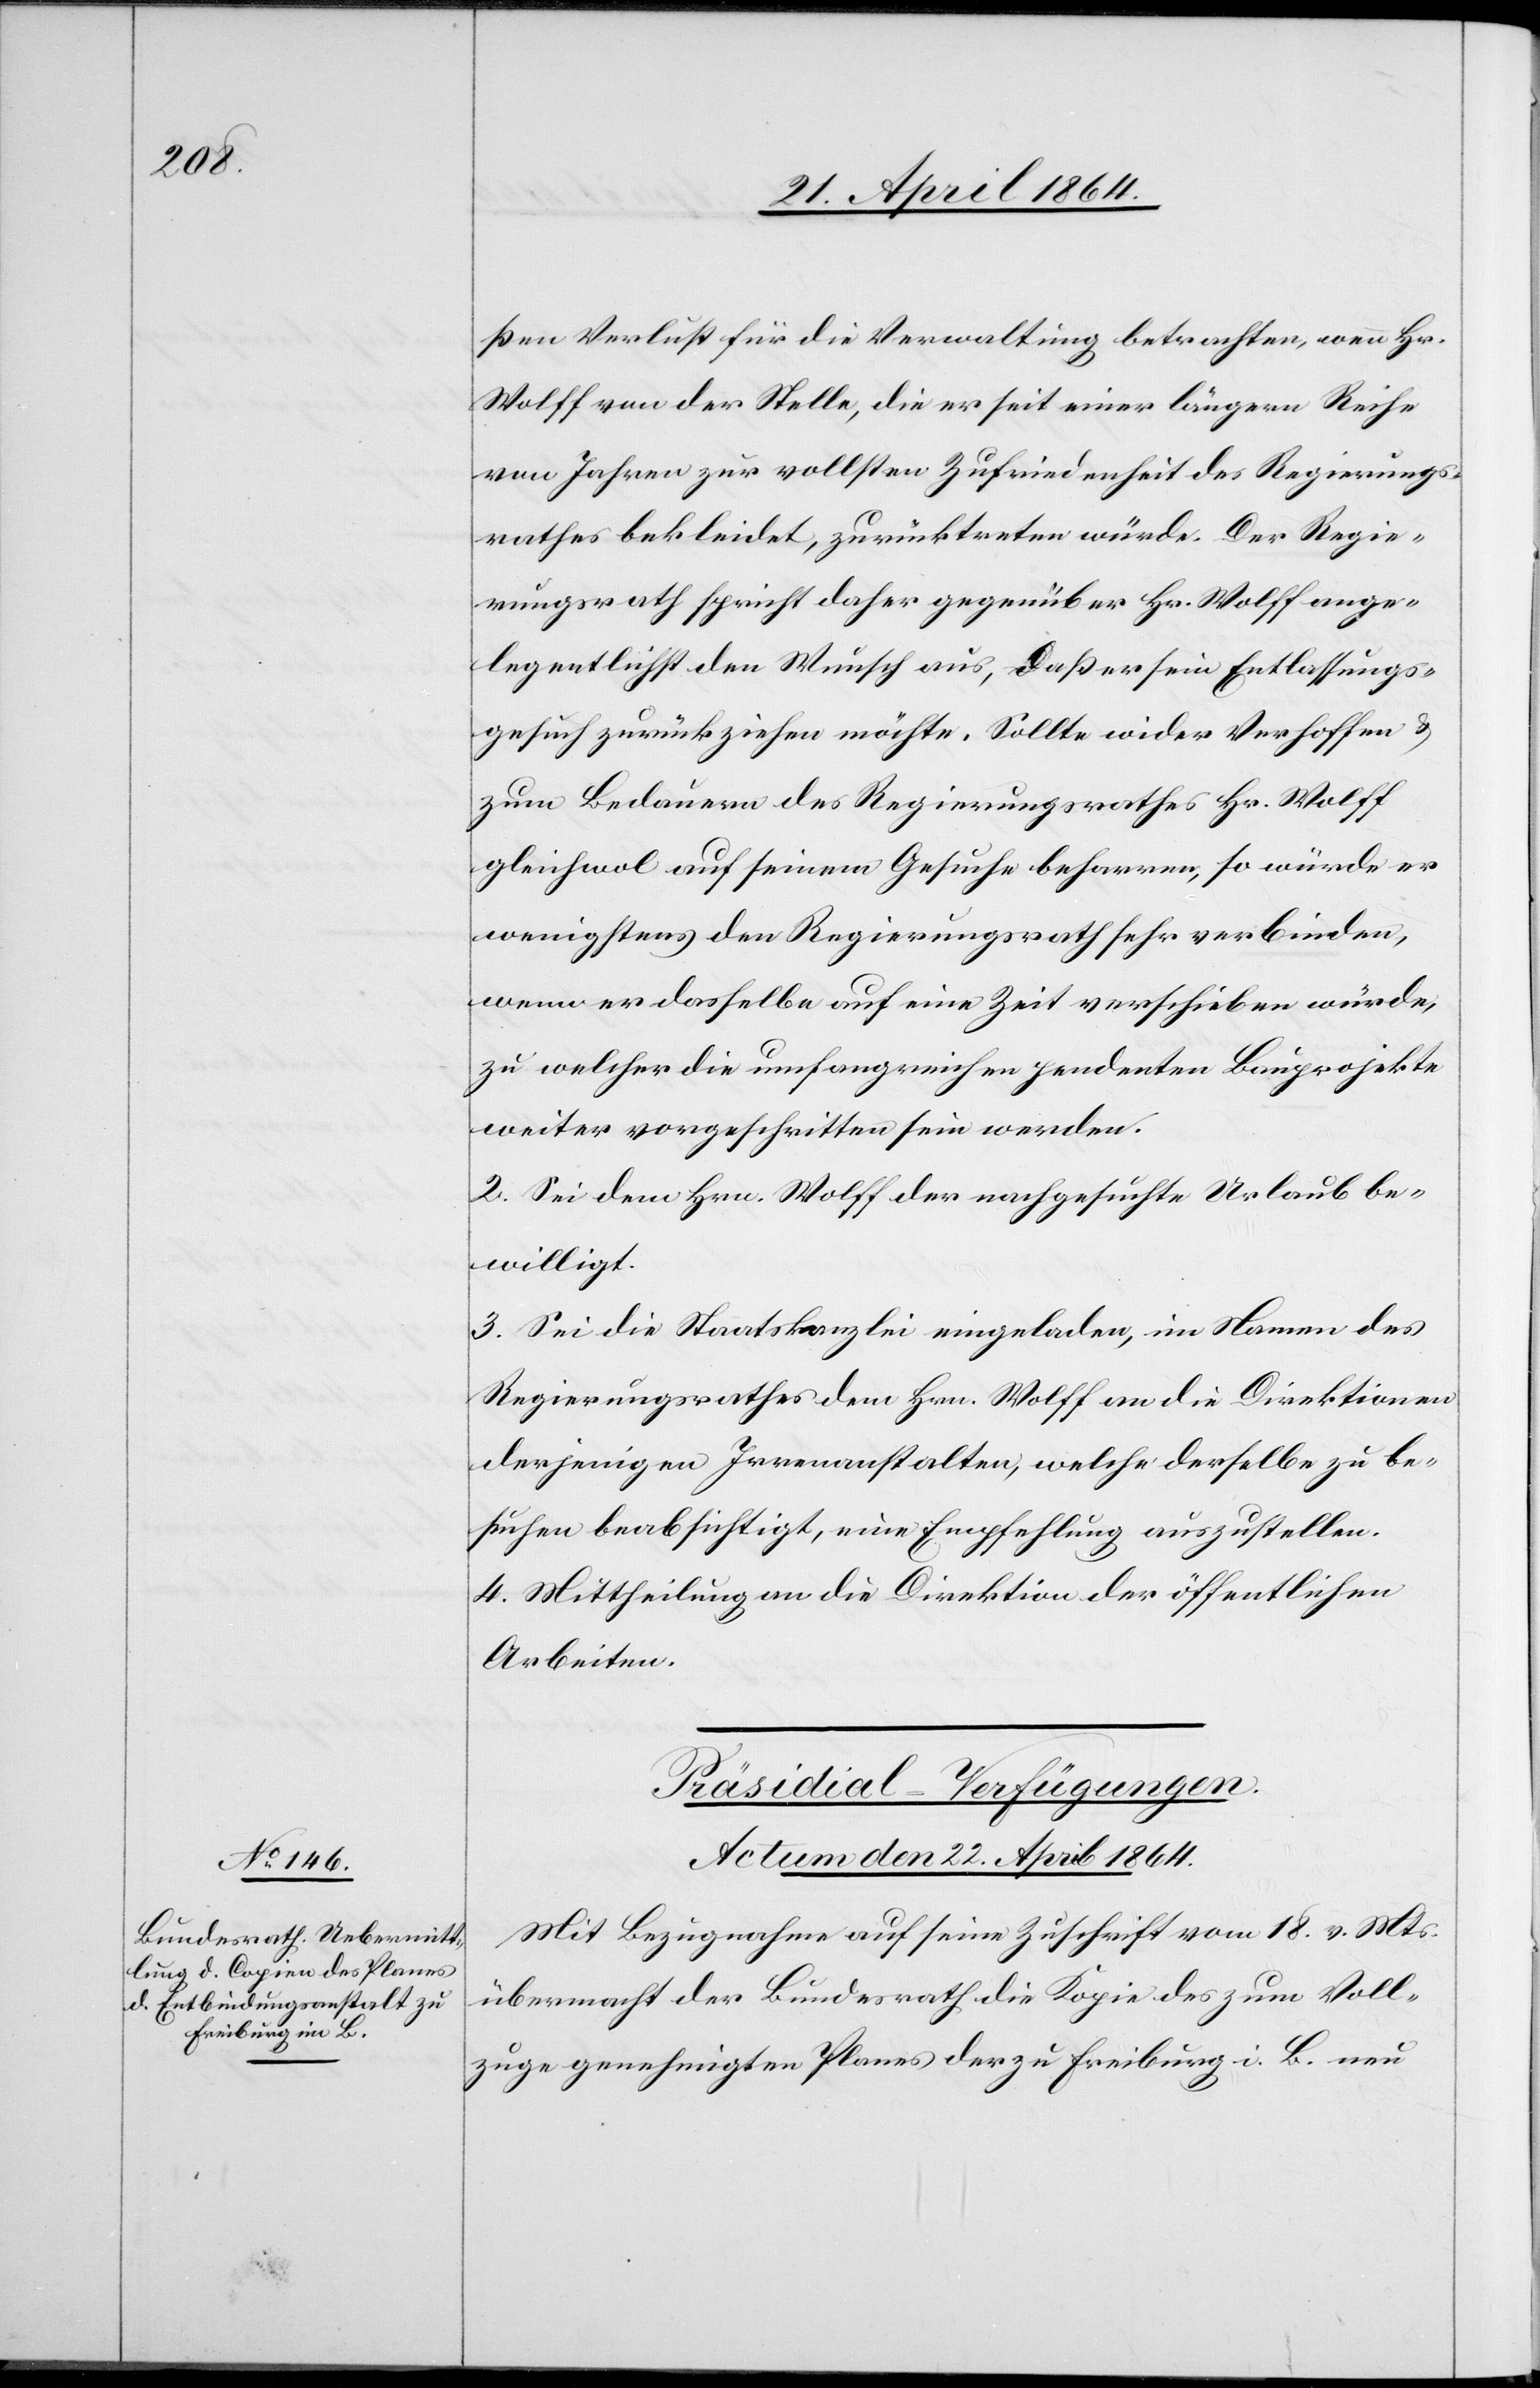
ßen Verlust für die Verwaltung betrachten, wenn Hr.
Wolff von der Stelle, die er seit einer längern Reihe
von Jahren zur vollsten Zufriedenheit des Regierungs¬
rathes bekleidet, zurücktreten würde. Der Regie¬
rungsrath spricht daher gegenüber Hr. Wolff ange¬
legentlichst den Wunsch aus, daß er sein Entlassungs¬
gesuch zurückziehen möchte. Sollte wider Verhoffen u.
zum Bedauern des Regierungsrathes Hr. Wolff
gleichwol auf seinem Gesuche beharren, so würde er
wenigstens den Regierungsrath sehr verbinden,
wenn er dasselbe auf eine Zeit verschieben würde,
zu welcher die umfangreichen pendenten Bauprojekte
weiter vorgeschritten sein werden.
2. Sei dem Hrn. Wolff der nachgesuchte Urlaub be¬
willigt.
3. Sei die Staatskanzlei eingeladen, im Namen des
Regierungsrathes dem Hrn. Wolff an die Direktionen
derjenigen Irrenanstalten, welche derselbe zu be¬
suchen beabsichtigt, eine Empfehlung auszustellen.
4. Mittheilung an die Direktion der öffentlichen
Arbeiten.
Präsidial-Verfügungen.
Actum den 22. April 1864.
Mit Bezugnahme auf seine Zuschrift vom 18. v. Mts.
übermacht der Bundesrath die Kopie des zum Voll¬
zuge genehmigten Planes der zu Freiburg i. B. neu